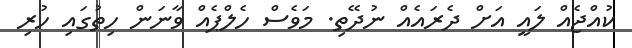
ކުއްޖެއް ލައީ އަށް ދެރައެއް ނުދޭތި. މަވެސް ހެލްޕެއް ވާނަން ހިތުގައި ހުރި